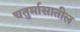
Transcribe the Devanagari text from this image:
चतुर्मासातील